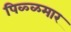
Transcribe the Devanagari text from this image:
पिळ्ळमार